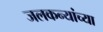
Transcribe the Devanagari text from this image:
जलकन्यांच्या